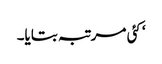
‘ کئی مرتبہ بتایا۔